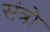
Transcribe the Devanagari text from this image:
संत्रो